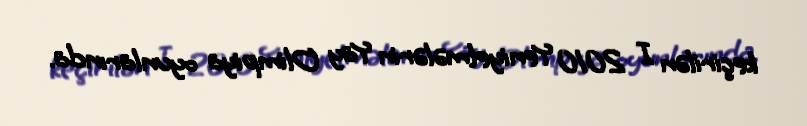
keçirilən I 2010 Yeniyetmələrin Yay Olimpiya oyunlarında.